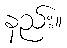
နည်း။